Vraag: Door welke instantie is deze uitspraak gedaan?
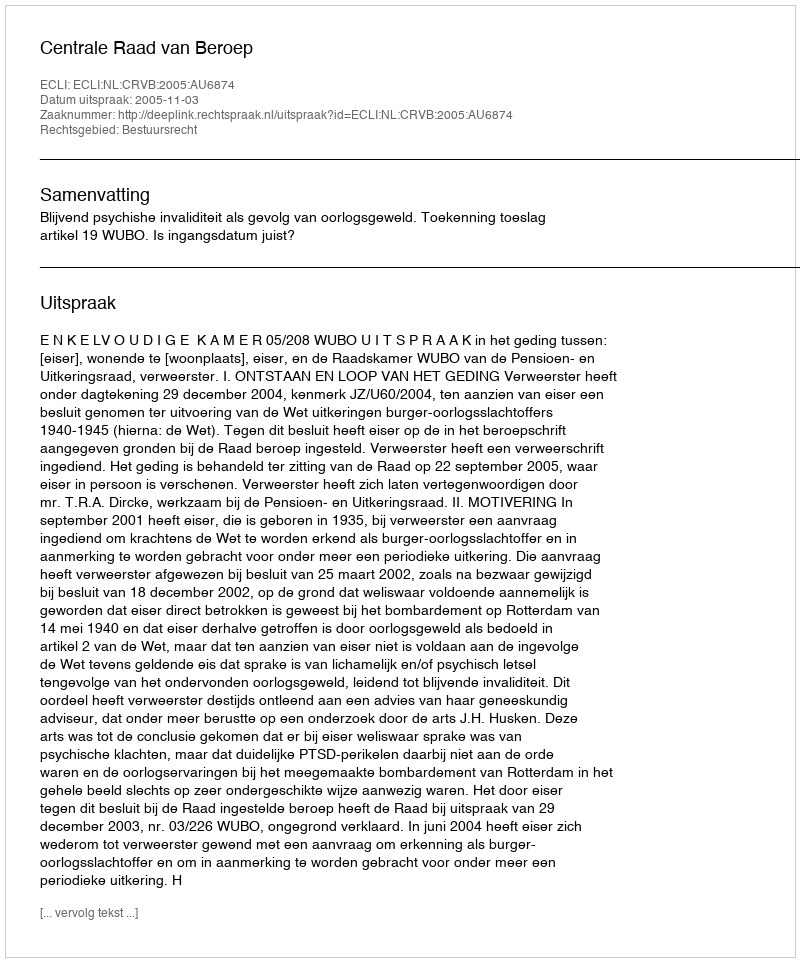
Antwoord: Centrale Raad van Beroep